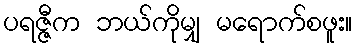
ပရဇ္ဇီက ဘယ်ကိုမျှ မရောက်စဖူး။